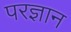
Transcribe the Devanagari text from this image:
परज्ञान